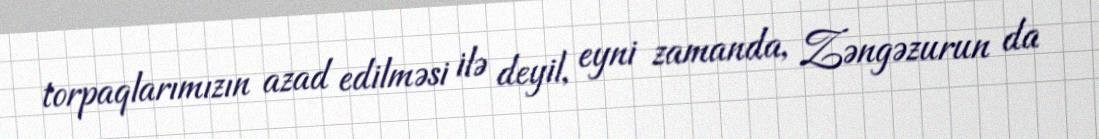
torpaqlarımızın azad edilməsi ilə deyil, eyni zamanda, Zəngəzurun da